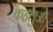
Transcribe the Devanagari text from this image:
कहलुआ